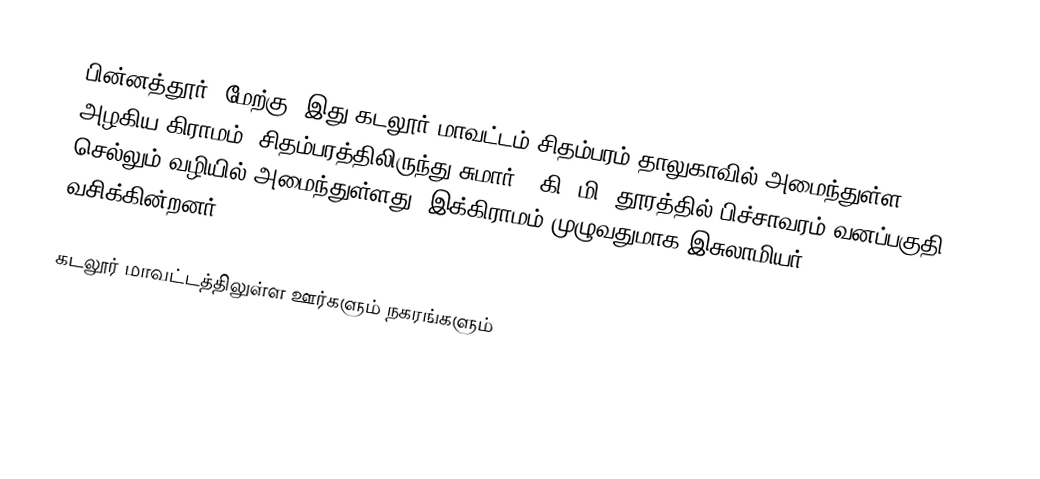
பின்னத்தூர் (மேற்கு) இது கடலூர் மாவட்டம் சிதம்பரம் தாலுகாவில் அமைந்துள்ள அழகிய கிராமம். சிதம்பரத்திலிருந்து சுமார் 6 கி. மி. தூரத்தில் பிச்சாவரம் வனப்பகுதி செல்லும் வழியில் அமைந்துள்ளது. இக்கிராமம் முழுவதுமாக இசுலாமியர் வசிக்கின்றனர்.

கடலூர் மாவட்டத்திலுள்ள ஊர்களும் நகரங்களும்